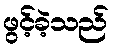
ဖွင့်ခဲ့သည်